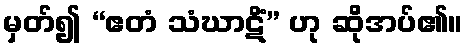
မှတ်၍ “ဧတံ သံဃာဋိံ” ဟု ဆိုအပ်၏။